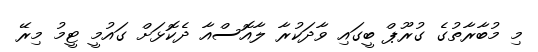
މި މުބާރާތުގެ ގުރޫޕް ބީގައި ވާދަކުރާ ލާއޮސްއާ ދެކޮޅަށް ގައުމީ ޓީމު މިރޭ